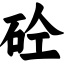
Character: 砼